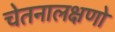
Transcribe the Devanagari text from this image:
चेतनालक्षणो